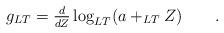
LaTeX: \begin{align*} g_{LT} = \tfrac{d}{dZ} \log_{LT} (a +_{LT} Z) \qquad.\end{align*}